Vaccination in Bombay 1902-1912 - 1902-1912
Year: 1902
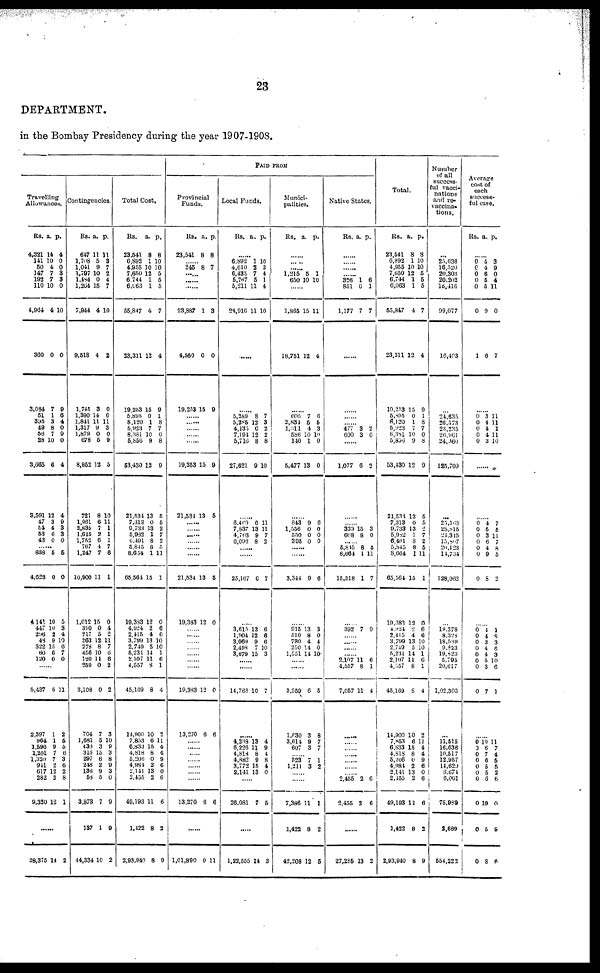
23
DEPARTMENT.
in the Bombay Presidency during the year 1907-1908.
Travelling
Allowances.
Rs.
4,321
141
50
147
192
110
4,964
360
3,084
51
395
49
56
28
3,665
3,591
47
54
53
43
a.
14
10
4
7
7
10
4
0
7
1
3
8
7
10
6
12
3
4
6
0
p.
4
0
0
3 3
0
10
0
9
6
4
0
9
0
4
4
9
3
3
0
...... 838
4,628
4,141
447
296
48
322
60
120
5
0
10
10
2
9
15
6
0
5
0
5
3
4
10
6
7
0
......
5,437
2,397
964
1,596
1,201
1,320
941
612
282
9,320
6
1
1
9
7
7
2
12
2
12
11
2
5
5
6
3
6
2
8
1
......
28,375 14 2
Contingencies.
Rs.
647
1,708
1,041
1,797
1,484
1,264
7,944
9,518
1,745
1,390
1,841
1,317
1,879
678
8,852
721
1,961
2,835
1,615
1,752
767
1,247
10,900
1,012
399
217
363
278
456
120
259
3,108
704
1,681
430
316
297
248
136
58
3,873
137
44,334
a.
1
5
9
10
0
15
4
4
3
14
11
9
0
5
12
8
6
7
2
6
4
7
11
15
0
5
12
8
10
11
0
0
7
5
3
15
6
2
9
5
7
1
10
p.
1
3
7
2
4
7
10
2
0
6
11
3
0
9
5
10
11
1
1
1
7
6
1
0
4
2
11
7
6
6
2
2
3
10
9
3
8
9
3
0
9
9
2
Total Cost.
Rs.
23,541
6,892
4,955
7,650
6,744
6,063
55,847
23,311
19 253
5,895
8,120
5,923
8,381
5,856
53,430
21,534
7,313
9,733
5,982
6,491
5,845
8,664
65,564
19,383
4,924
2,415
3,799
2,749
5,231
2,107
4,557
45,169
14,900
7,853
6,833
4,818
5,206
4,984
2,141
2,455
49,193
1,422
2,93,940
a.
8
1
10
12 1
1
4
12
15
0
1
7
10
9
12
13
0
13
1
8
8
1
15
12
2
4
13
5
14
11
8
8
10
6
15
8
0
2
13
2
11
8
8
p.
8
10
10
5
5
5
7
4
9
1
8
7
0
8
0
5
5
2
7
2
5
11
1
0
6
6
10
10
1
6
1
4
2
11
4
4
9
6
0
6
6
2
9
PAID FROM
Provincial
Funds.
Rs.
23,541
a.
8
p.
8
...... 345 8 7
......
......
......
23,887
4,560
19,253
1
0
15
3
0
9
......
......
......
......
......
19,253
21,534
15
13
9
5
......
......
......
......
......
......
21,534
19,383
13
12
5
0
......
......
......
......
......
......
......
19,383
13,270
12
6
0
6
......
......
......
......
......
......
......
13,270 6 6
......
1,01,890 0 11
Local Funds.
Rs. a. p.
......
6,892
4,610
6,435
5,767
5,211
29,916
1
2
7
5
11
11
10
3
4
1
4
10
......
......
5,289
5,285
4,135
7,194
5,716
27,621
8
12
0
12
8
9
7
3
2
2
8
10
......
6,469
7,837
4,763
6,096
6
13
9
8
11
11
7
2
......
......
25,167 6 7
......
3,615
1,904
3,069
2,498
3,679
13
12
9
7 15
6
6
6
10
3
......
......
14,768 10 7
......
4,238
6,226
4,818
4,882
3,772
2,141
13
11
8
9
15
13
4
9
4
8
4
0
......
26,081 7 5
......
1,22,555 14 3
Munici-
palities.
Rs. a. p.
......
...... ......
1,215
650
5
10
1
10
......
1,865
18,751
15
12
11
4
......
605
2,834
1,011
586
140
5,477
7
5
4
10
1
13
6
5
3
10
0
0
......
843
1,558
550
395
9
0
0
0
6
0
0
0
......
......
3,344 9 6
......
915
510
730
250
1,551
13
8
4
14
14
3
0
4
0
10
......
......
3,959
1,630
3,614
607
6
3
9
3
5
8
7
7
...... 323
1,211 7 3
1
2
......
......
7,386
1,422
42,208
11
8
12
1
2
5
Native States.
Rs. a. p.
......
......
......
...... 326
851
1,177
1
6
7
6
1
7
......
......
......
...... 477
600
3
3
2
0
......
1,077 6 2
......
...... 339
608
15
8
3
0
...... 5,845
8,664
15,518
8
1
1
5
11
7
......
392 7 9
......
......
......
...... 2,107
4,557
7,057
11
8
11
6
1
4
......
......
...... ......
......
......
...... 2,455
2,455
2
2
6
6
......
27,285 13 2
Total.
Rs.
23,541
6,892
4,955
7,650
6,744
6,063
55,847
23,311
19,253
5,895
8,120
5,923
8,381
5,836
53,430
21,534
7,313
9,733
5,982
6,491
5,845
8,664
65,564
19,383
4,924
2,415
3,799
2,749
5,231
2,107
4,557
45,169
14,900
7.853
6,833
4,818
5,206
4,984
2,141
2,455
49,193
1,422
2,93,940
a.
8
1
10
12
1
1
4
12
15
0
1
7
10
9
12
13
0
13
1
8
8
1
15
12
2
4
13
5
14
11
8
8
10
6
15
8
0
2
13
2
11
8
8
p.
8
10
10
5
5
5
7
4
9
1
8
7
0
8
9
5
5
2
7
2
5
11
1
0
6
6
10
10
1
6
1
4
2
11
4
4
9
6
0
6
6
2
9
Number
of all
success-
ful vacci¬
nations
and re¬
vaccina¬
tions.
...
25,636
16,520
20,303
20,202
16,416
99,077
16,493
...
24,635
26,573
23,235
26,961
24,360
125,709
...
25,168
28,815
24,315
15,807
20,123
14,734
128,962
...
19,378
8,328
18,539
9,823
19,823
5,795
20,617
1,02,303
...
11,515
16,636
10,517
12,957
14,629
6,674
6,061
78,989
2,689
554,222
Average
cost of
each
success-
ful case.
Rs. a. p.
......
0
0
0
0
0
0
1
4
4
6 5
5
9
6
3
9
0
4
11
0
7
......
0
0
0
0
0
3
4
4
4
3
11
11
1
11
10
......
......
0
0
0
0
0
0
0
4
5
3 6
4
9
8
7
5
11
7
8
5
2
......
0
0
0
0
0
0
0
0
4
4
3
4
4
5
3
7
1
8
3
6
3
10
6
1
......
0
0
0
0
0
0
0
0
0
0
10
6
7
6
5
5
6
10
5
8
11
7
4
5
5
2
6
0
9
6